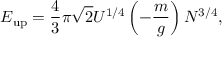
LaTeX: E _ { \mathrm { u p } } = { \frac { 4 } { 3 } } \pi { \sqrt { 2 } } U ^ { 1 / 4 } \left( - { \frac { m } { g } } \right) N ^ { 3 / 4 } ,